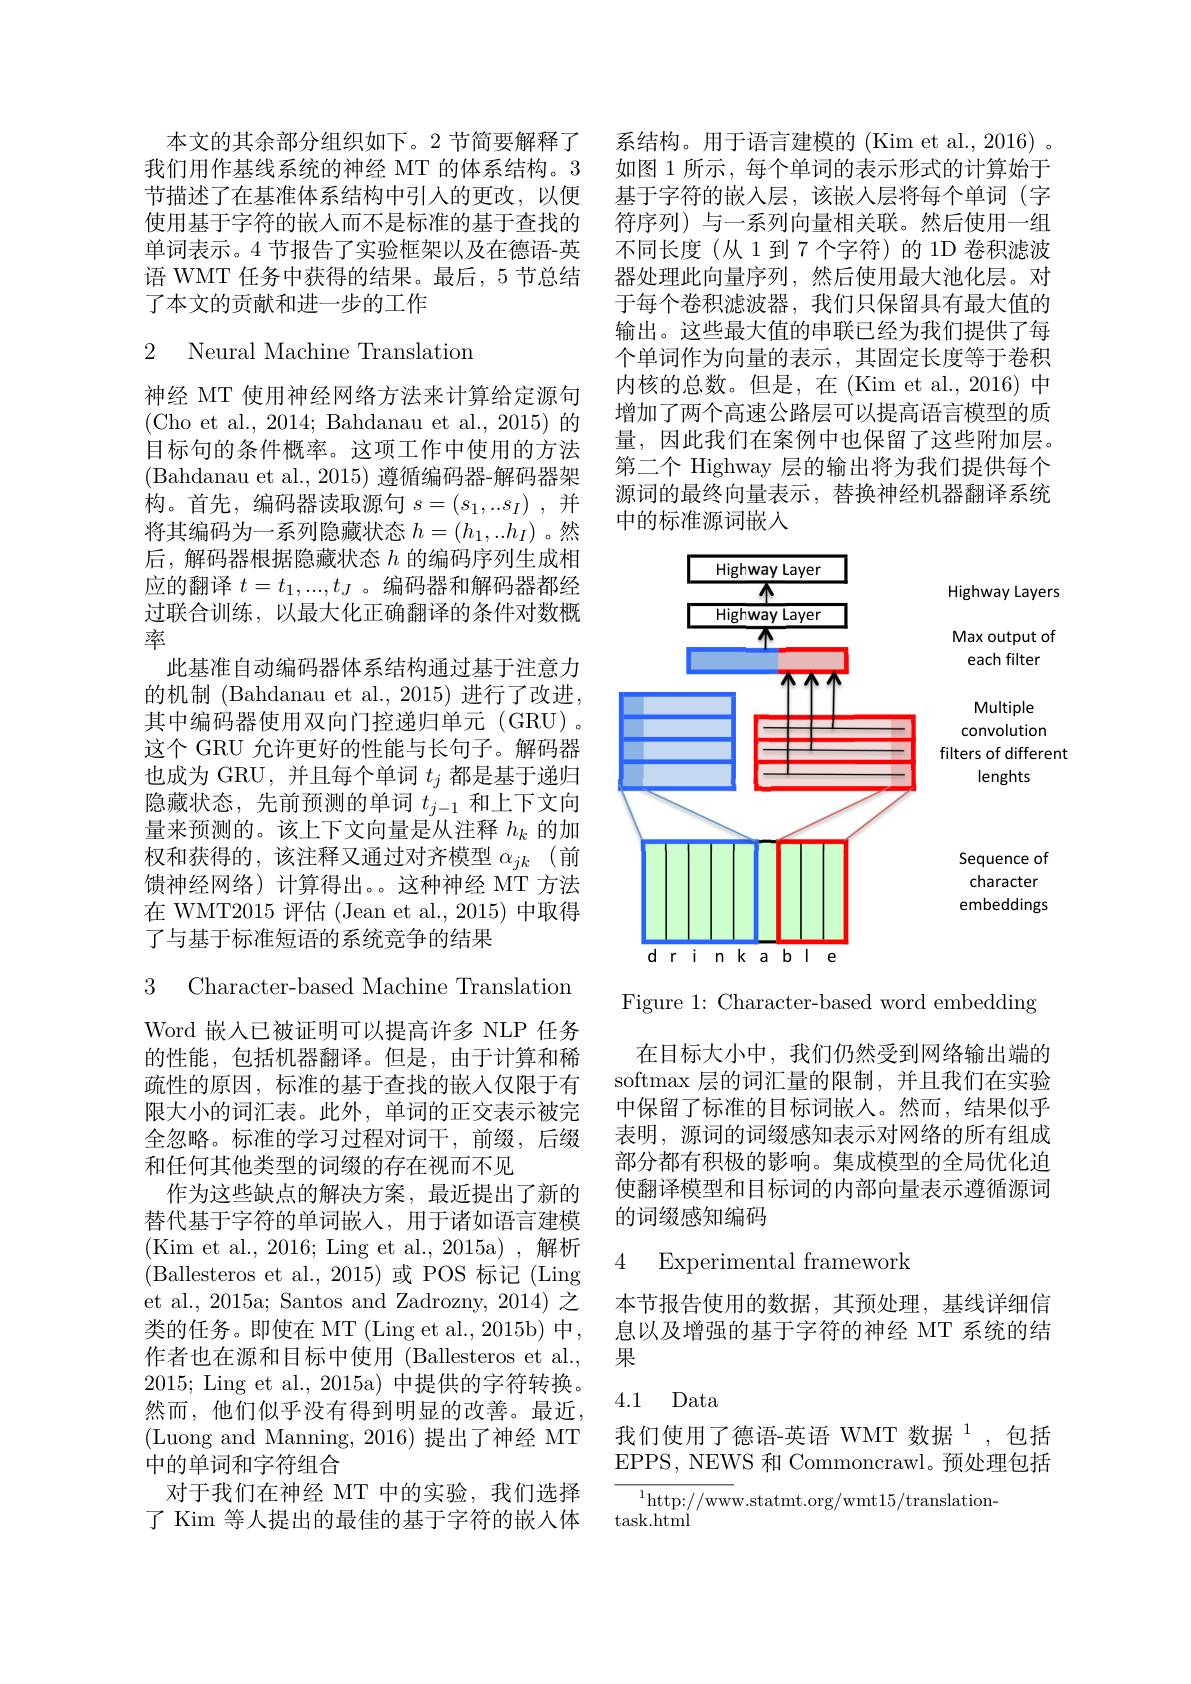
本文的其余部分组织如下。2 节简要解释了我们用作基线系统的神经 MT 的体系结构。3节描述了在基准体系结构中引入的更改，以便使用基于字符的嵌入而不是标准的基于查找的单词表示。4 节报告了实验框架以及在德语-英语 WMT 任务中获得的结果。最后，5 节总结了本文的贡献和进一步的工作

### 2 Neural Machine Translation

神经 MT 使用神经网络方法来计算给定源句(Cho et al., 2014; Bahdanau et al., 2015)的目标句的条件概率。这项工作中使用的方法(Bahdanau et al., 2015) 遵循编码器-解码器架构。首先，编码器读取源句$s=(s_1,..s_I)$并将其编码为一系列隐藏状态$h=(h_1,..h_I)$ 。然后，解码器根据隐藏状态$h$的编码序列生成相应的翻译$t=t_1,...,t_J$ 。编码器和解码器都经过联合训练，以最大化正确翻译的条件对数概率
此基准自动编码器体系结构通过基于注意力的机制 (Bahdanau et al., 2015) 进行了改进， 其中编码器使用双向门控递归单元(GRU)。这个 GRU 允许更好的性能与长句子。解码器也成为 GRU,并且每个单词$t_j$都是基于递归隐藏状态，先前预测的单词$t_{j-1}$和上下文向量来预测的。该上下文向量是从注释$h_k$的加权和获得的，该注释又通过对齐模型$\alpha_{jk}$ (前馈神经网络)计算得出。这种神经 MT 方法在 WMT2015 评估 (Jean et al., 2015) 中取得了与基于标准短语的系统竞争的结果

3 Character-based Machine Translation

Word 嵌入已被证明可以提高许多 NLP 任务的性能，包括机器翻译。但是，由于计算和稀疏性的原因，标准的基于查找的嵌入仅限于有限大小的词汇表。此外，单词的正交表示被完全忽略。标准的学习过程对词干，前缀，后缀和任何其他类型的词缀的存在视而不见
作为这些缺点的解决方案，最近提出了新的替代基于字符的单词嵌入，用于诸如语言建模(Kim et al., 2016; Ling et al., 2015a) , 解析(Ballesteros et al., 2015)或 POS 标记(Ling et al., 2015a; Santos and Zadrozny, 2014) 之类的任务。即使在 MT (Ling et al., 2015b) 中， 作者也在源和目标中使用 (Ballesteros et al., 2015; Ling et al., 2015a) 中提供的字符转换。然而，他们似乎没有得到明显的改善。最近， (Luong and Manning, 2016)提出了神经 MT 中的单词和字符组合
对于我们在神经 MT 中的实验，我们选择了 Kim 等人提出的最佳的基于字符的嵌入体

系结构。用于语言建模的(Kim et al., 2016) 。如图 1 所示 , 每个单词的表示形式的计算始于基于字符的嵌入层，该嵌入层将每个单词(字符序列) 与一系列向量相关联。然后使用一组不同长度(从1到7个字符)的 1D 卷积滤波器处理此向量序列，然后使用最大池化层。对于每个卷积滤波器，我们只保留具有最大值的输出。这些最大值的串联已经为我们提供了每个单词作为向量的表示，其固定长度等于卷积内核的总数。但是，在(Kim et al., 2016) 中增加了两个高速公路层可以提高语言模型的质量，因此我们在案例中也保留了这些附加层。第二个 Highway 层的输出将为我们提供每个源词的最终向量表示，替换神经机器翻译系统中的标准源词嵌入

<FigureHere>

Figure 1: Character-based word embedding

在目标大小中，我们仍然受到网络输出端的softmax 层的词汇量的限制，并且我们在实验中保留了标准的目标词嵌入。然而，结果似乎表明，源词的词缀感知表示对网络的所有组成部分都有积极的影响。集成模型的全局优化迫使翻译模型和目标词的内部向量表示遵循源词的词缀感知编码

### 4 Experimental framework

本节报告使用的数据，其预处理，基线详细信息以及增强的基于字符的神经 MT 系统的结果

## 4.1 Data

我们使用了德语-英语 WMT 数据$^{1}$,包括EPPS, NEWS 和 Commoncrawl。预处理包括

$^{1}$http://www.statmt.org/wmt15/translation-
task.html